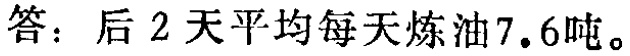
答：后 2 天平均每天炼油7.6吨。